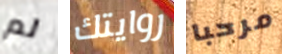
لم روايتك مرحبا